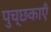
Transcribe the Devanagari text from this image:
पुच्छकाएँ